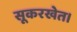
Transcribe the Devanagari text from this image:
सूकरखेत।